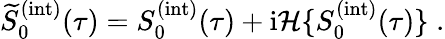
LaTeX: \widetilde{S}_{0}^{(\mathrm{int})}(\tau)=S_{0}^{(\mathrm{int})}(\tau)+\mathrm{i}\mathcal{H}\{ S_{0}^{(\mathrm{int})}(\tau)\} \; .